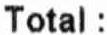
TOTAL :